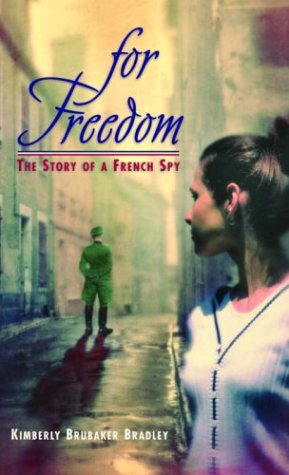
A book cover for For Freedom: The Story of a French Spy; Kimberly Brubaker Bradley; Teen & Young Adult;